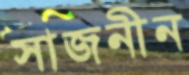
সাজনীন